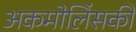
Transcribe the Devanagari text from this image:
अकमोलिंसकी